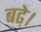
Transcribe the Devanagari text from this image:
बढे़।